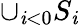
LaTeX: \cup_{\mathit{i}<0}S_{\mathit{i}}